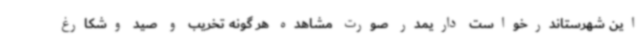
این شهرستاندرخواست داریمدر صورت مشاهده هر گونه تخریب و صید وشکارغ